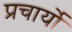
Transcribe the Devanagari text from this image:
प्रचार्यो